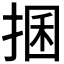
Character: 𢮖